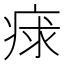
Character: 𤶩